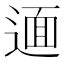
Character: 𨕂